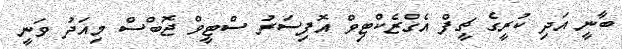
ބާނީ އަދި ކުރީގެ ޗީފް އެގްޒެކްޓިވް އޮފިސަރު ސްޓީވް ޖޮބްސް މިއަދު ވަނީ